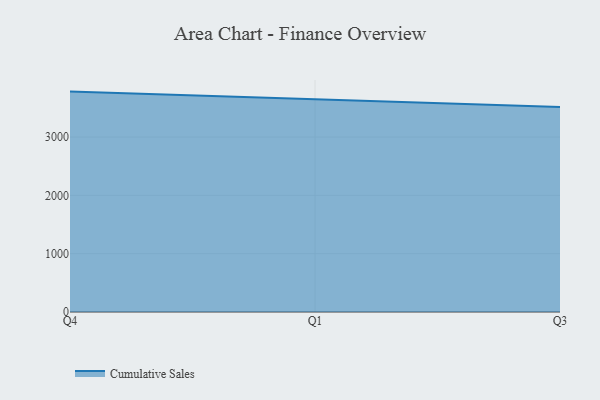
{"axis": {"x": "Quarter", "y": "Customer Acquisition Cost (USD)"}, "legend": ["Cumulative Sales"], "data": [{"x": "Q4", "y": 3778.5, "type": "Cumulative Sales"}, {"x": "Q1", "y": 3650.8, "type": "Cumulative Sales"}, {"x": "Q3", "y": 3514.8, "type": "Cumulative Sales"}]}